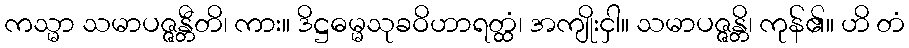
ကသ္မာ သမာပဇ္ဇန္တီတိ၊ ကား။ ဒိဋ္ဌဓမ္မသုခဝိဟာရတ္ထံ၊ အကျိုးငှါ။ သမာပဇ္ဇန္တိ၊ ကုန်၏။ ဟိ တံ